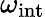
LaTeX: \omega_{\mathrm{int}}